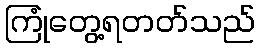
ကြုံတွေ့ရတတ်သည်